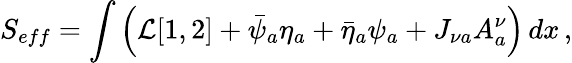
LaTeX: S_{eff}=\int\left({\cal L}[1,2]+\bar{\psi}_{a}\eta_{a}+\bar{\eta}_{a}\psi_{a}+J_{\nu a}A_{a}^{\nu}\right)\, dx\, ,